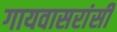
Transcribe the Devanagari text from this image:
गायवासरांसी